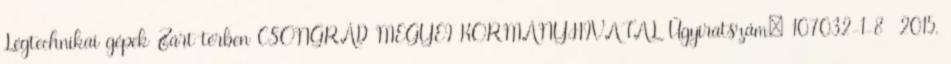
Légtechnikai gépek Zárt térben CSONGRÁD MEGYEI KORMÁNYHIVATAL Ügyiratszám: 107032-1-8 2015.